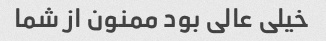
خیلی عالی بود ممنون از شما